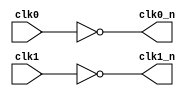
module clk_inv2(
                clk0,
                clk1,
                clk0_n,
                clk1_n,
               );
    input  clk0;
    input  clk1;
    output clk0_n;
    output clk1_n;

    assign clk0_n = ~clk0;
    assign clk1_n = ~clk1;

endmodule